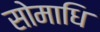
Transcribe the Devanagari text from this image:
सोमाधि